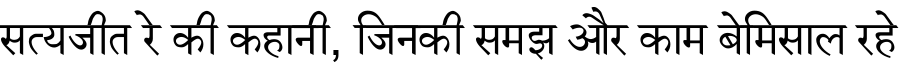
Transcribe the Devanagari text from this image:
सत्यजीत रे की कहानी, जिनकी समझ और काम बेमिसाल रहे